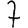
Digit: 7